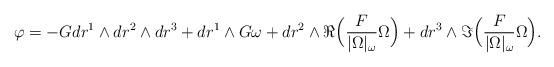
LaTeX: \begin{align*} \varphi = -G dr^1 \wedge dr^2 \wedge dr^3 + dr^1 \wedge G \omega + dr^2 \wedge \Re \Big( \frac{F}{|\Omega|_\omega} \Omega \Big) + dr^3 \wedge \Im \Big( \frac{F}{|\Omega|_\omega} \Omega \Big).\end{align*}